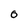
Character: 0